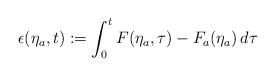
LaTeX: \begin{align*}\epsilon(\eta_a,t) := \int_0^t F(\eta_a,\tau)-F_a(\eta_a) \,d \tau\end{align*}